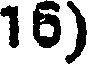
16)